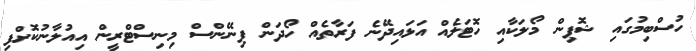
ހުސްބިމުގައި ޝޮޕިން މޯލަކާއި ހޮޓަލެއް އަޅައިދޭނެ ފަރާތެއް ހޯދަން ފިނޭންސް މިނިސްޓްރީން އިއުލާނުކޮށްފި